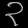
Digit: ၃